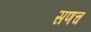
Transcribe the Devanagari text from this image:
सणच